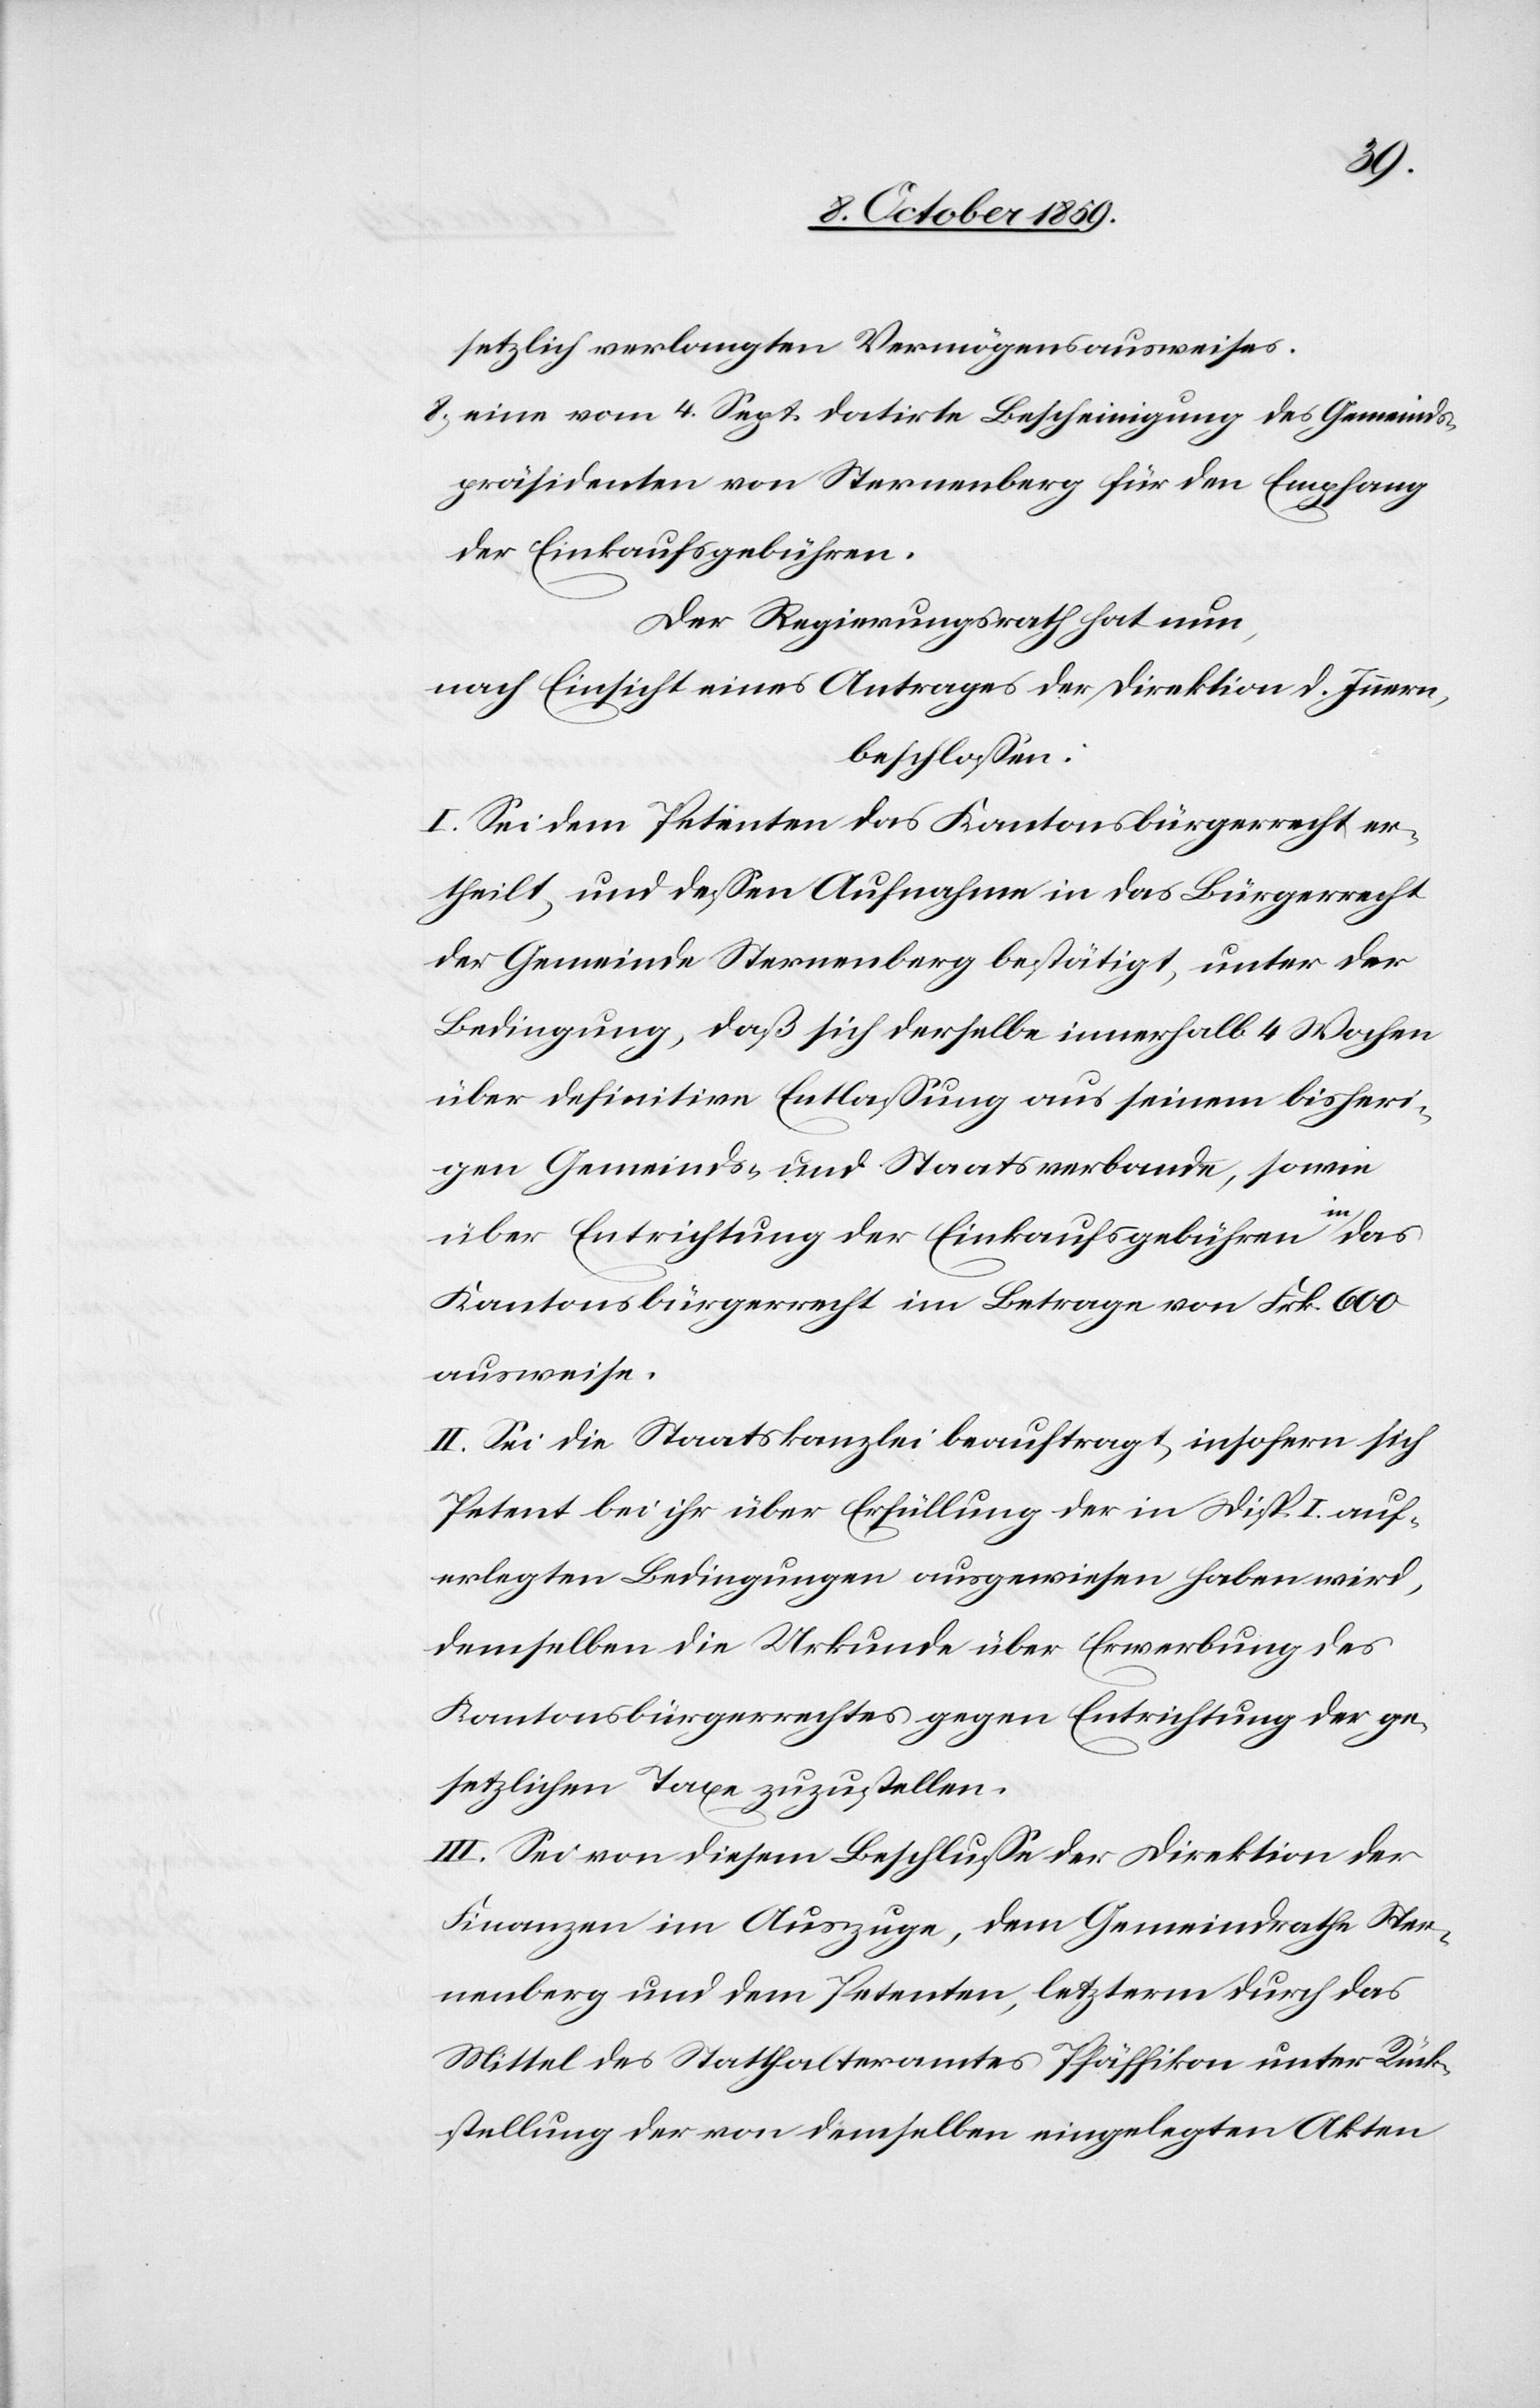
setzlich verlangten Vermögensausweises.
8.) eine vom 4. Sept. datirte Bescheinigung des Gemeinds¬
präsidenten von Sternenberg für den Empfang
der Einkaufsgebühren.
Der Regierungsrath hat nun,
nach Einsicht eines Antrages der Direktion d. Innern,
beschlossen:
I. Sei dem Petenten das Kantonsbürgerrecht er¬
theilt, und dessen Aufnahme in das Bürgerrecht
der Gemeinde Sternenberg bestätigt, unter der
Bedingung, daß sich derselbe innerhalb 4 Wochen
über definitive Entlassung aus seinem bisheri¬
gen Gemeinds- und Staatsverbande, sowie
über Entrichtung der Einkaufsgebühren in das
Kantonsbürgerrecht im Betrage von Frk. 600
ausweise.
II. Sei die Staatskanzlei beauftragt, insofern sich
Petent bei ihr über Erfüllung der in Disp. I. auf¬
erlegten Bedingungen ausgewiesen haben wird,
demselben die Urkunde über Erwerbung des
Kantonsbürgerrechtes gegen Entrichtung der ge¬
setzlichen Taxe zuzustellen.
III. Sei von diesem Beschlusse der Direktion der
Finanzen im Auszuge, dem Gemeindrathe Ster¬
nenberg und dem Petenten, letzterem durch das
Mittel des Statthalteramtes Pfäffikon unter Rück¬
stellung der von demselben eingelegten Akten